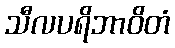
သီလပရိဘာဝိတံ